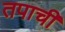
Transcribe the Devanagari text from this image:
तपाची